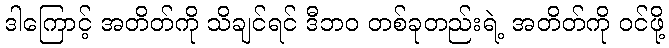
ဒါကြောင့် အတိတ်ကို သိချင်ရင် ဒီဘဝ တစ်ခုတည်းရဲ့ အတိတ်ကို ဝင်ဖို့